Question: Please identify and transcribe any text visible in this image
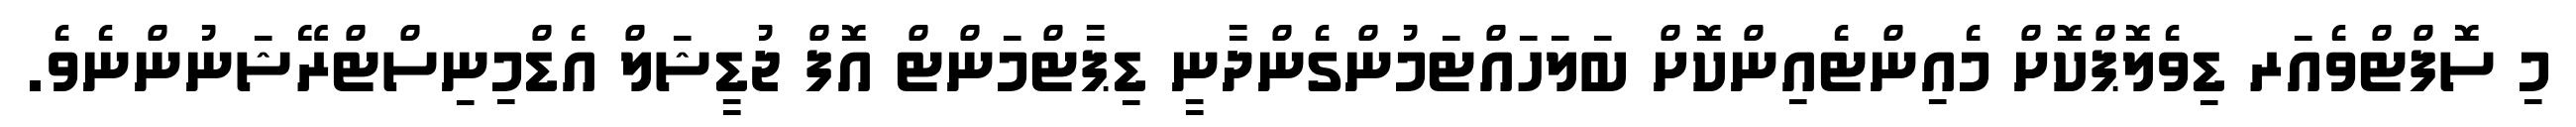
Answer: މި ސޮފްޓްވެއަރ ޑިވެލޮޕްކޮށް މެއިންޓެއިންކޮށް ބަލަހައްޓަމުންގެންދާނީ ޑިޕާޓްމަންޓް އޮފް ޖުޑީޝަލް އެޑްމިނިސްޓްރޭޝަނުންނެވެ.